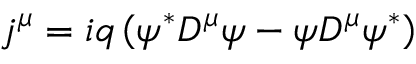
j ^ { \mu } = i q \left( \psi ^ { \ast } D ^ { \mu } \psi - \psi D ^ { \mu } \psi ^ { \ast } \right)